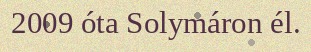
2009 óta Solymáron él.